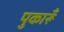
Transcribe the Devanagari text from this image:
पुकारूँ